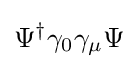
\Psi ^{\dagger }\gamma _{0}\gamma _{\mu }\Psi